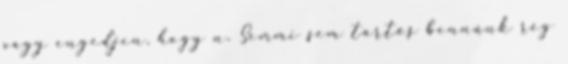
vagy engedjen, hogy n. Semmi sem tartós bennünk rég